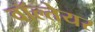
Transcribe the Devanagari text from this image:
वॉल्तेयर